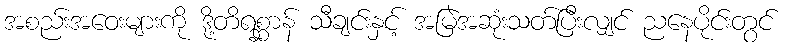
အစည်းအဝေးများကို ဒို့တိရစ္ဆာန် သီချင်းနှင့် အမြဲအဆုံးသတ်ပြီးလျှင် ညနေပိုင်းတွင်